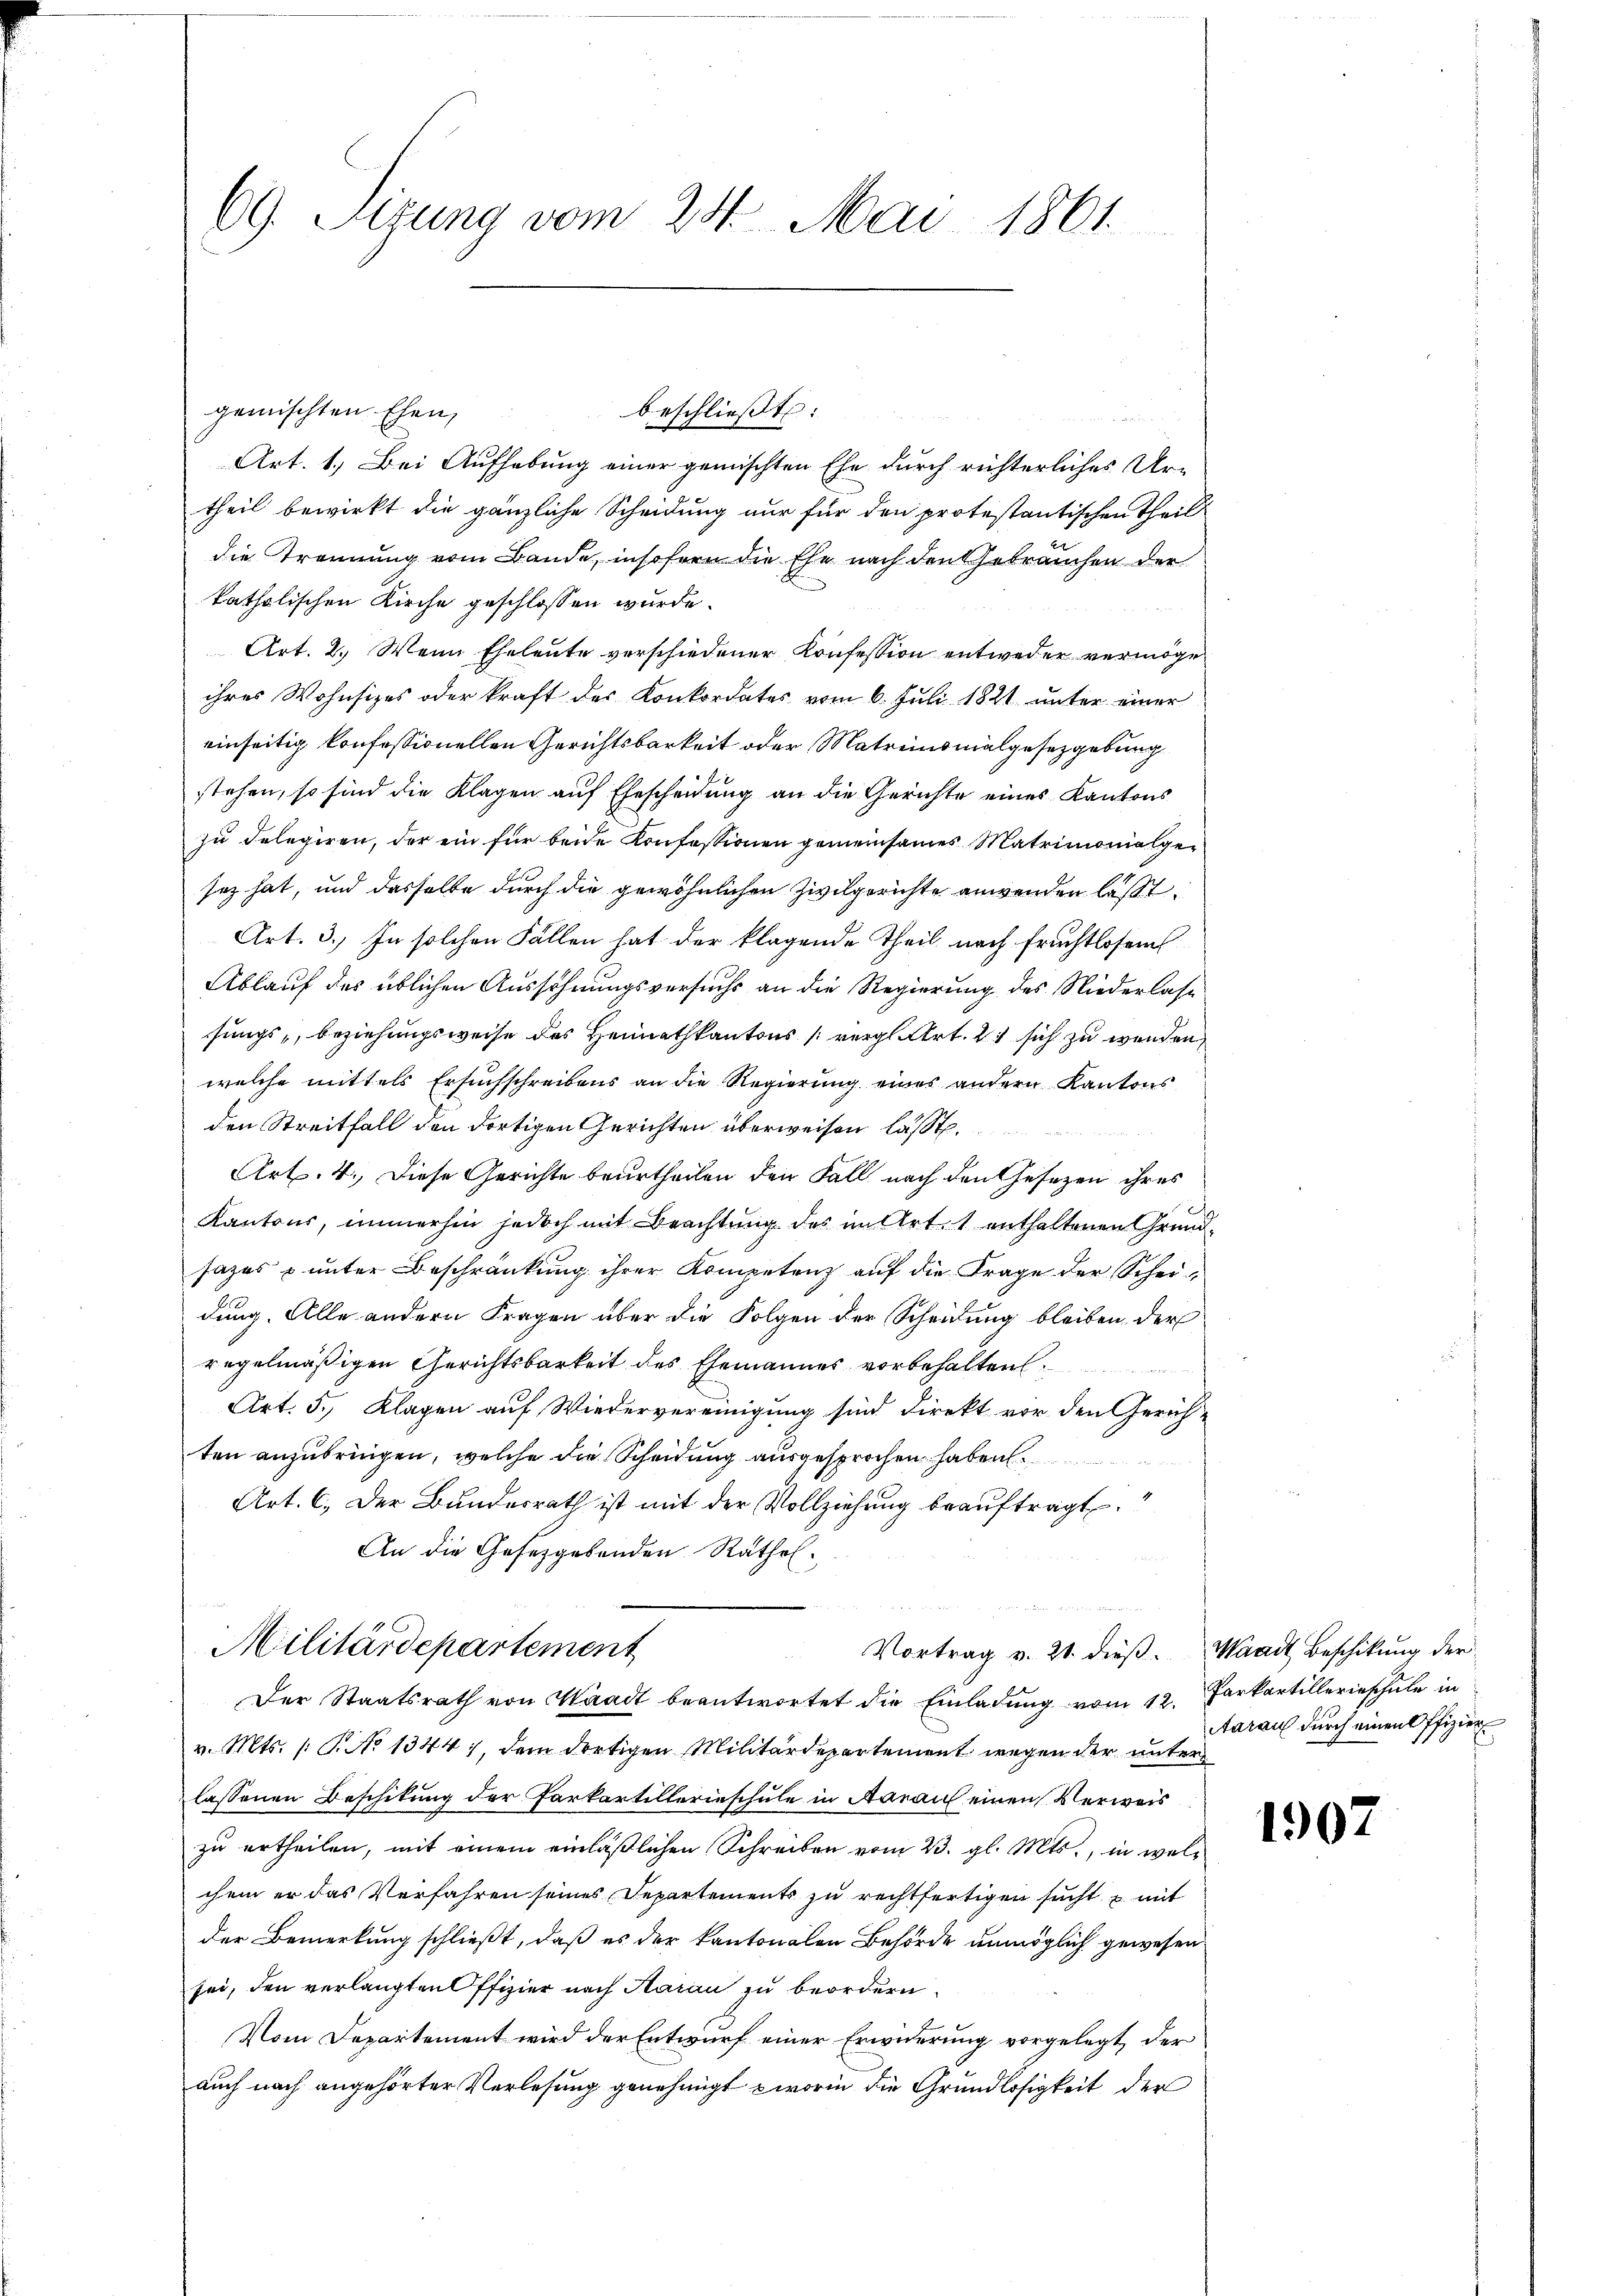
69. Sizung vom 24. Mai 1861

gemischten Ehen,
Art. 1. Bei Aufhebung einer gemischten Ehe durch richterliches Ur-
theil bewirkt die gänzliche Scheidung nur für den protestantischen Theil
die Trennung vom Bande, insofern die Ehe nach den Gebrauchen der
katholischen Kirche geschlossen wurde.
Art. 2. Wenn Eheleute verschiedener Konfession entweder vermögen
ihres Wohnsizes oder kraft des Konkordates vom 6. Juli 1821 unter einer
einseitig konfessionellen Gerichtsbarkeit oder Matreinsmalgesetzgebung
stehen, so sind die Klagen auf Ehescheidung an die Gerichte eines Kantons
zu delegiren, der ein für beide Konfessionen gemeinsames Matrimonialger
saz hat, und dasselbe durch die gewöhnlichen Zivilgerichte anwenden lässt.
Art. 3.) In solchen Fällen hat der klagende Theil nach fruchtlosem
Ablauf des üblichen Ausschnungsversuchs an die Regierung des Niederlasse
sungs, beziehungsweise des Heimathkantons (vergl. Art. 21 sich zu werden,
welche mittels Ersuchschreibens an die Regierung eines andern Kantons
den Streitfall den dortigen Gerichten überweisen lässt.
Art. 4. Diese Gerichte beurtheilen den Fall nach den Gesezen ihres
x
Kantons, immerhin jedoch mit Brachtung des im Art. 1 enthaltenen Grundsazes & unter Beschränkung ihrer Kompetenz auf die Frage der Scheidung. Alle andern Fragen über die Folgen der Scheidung bleiben der
regelmäßigen Gerichtsbarkeit des Ehemannes vorbehalten.
Art. 3. Klagen auf Wiedervereinigung sind Direkt vor den Gerich-
ten anzubringen, welche die Scheidung ausgesprochen haben.
Art. 6. Der Bundesrath ist mit der Vollziehung beauftragt.
An die Gesetzgebenden Rathol.
2 Fr. 2
e

beschließt:

Militärdepartement
Vortrag v. 21. dieß. Waadt Beschikung der
Der Staatsrath von Waadt beantwortet die Einladŭng vom 12. Parkartillerieschule in

v. Mts. /: P. No 1344), dem dortigen Militärdepartement wegen der unter
lassenen Beschitung der Parkartillerieschule in Aarauf einen Verweis
zu ertheilen, mit einem einläßlichen Schreiben vom 23. gl. Mts., in welchem er das Verfahren seines Departements zu rechtfertigen sucht, u. mit
der Bemerkung schließt, daß es der kantonalen Behörde unmöglich gewesen
sei, den verlangten Offizier nach Haran zu beordern.
Vom Departement wird der Entwurf einer Erwiderung vorgelegt, der
auch nach angehörter Verlesung genehmigt worin die Grundlosigkeit der

Aaraus durch einen Offizier

1907